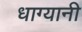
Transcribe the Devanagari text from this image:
धाग्यानी